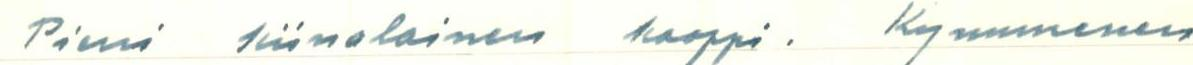
Pieni kiinolainen kaappi.  Kymmenen